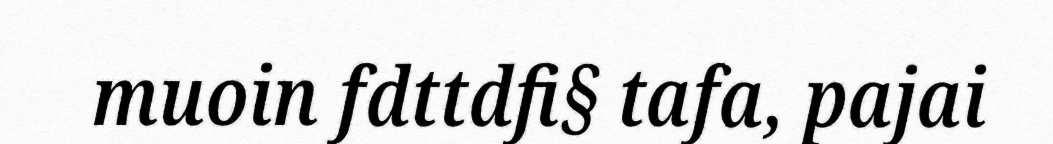
muoin fdttdfi§ tafa, pajai